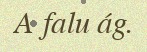
A falu ág.